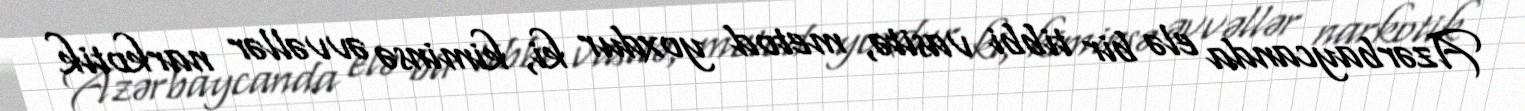
Azərbaycanda elə bir tibbi vasitə, metod yoxdur ki, kiminsə əvvəllər narkotik